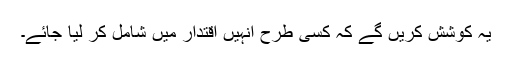
یہ کوشش کریں گے کہ کسی طرح انہیں اقتدار میں شامل کر لیا جائے۔